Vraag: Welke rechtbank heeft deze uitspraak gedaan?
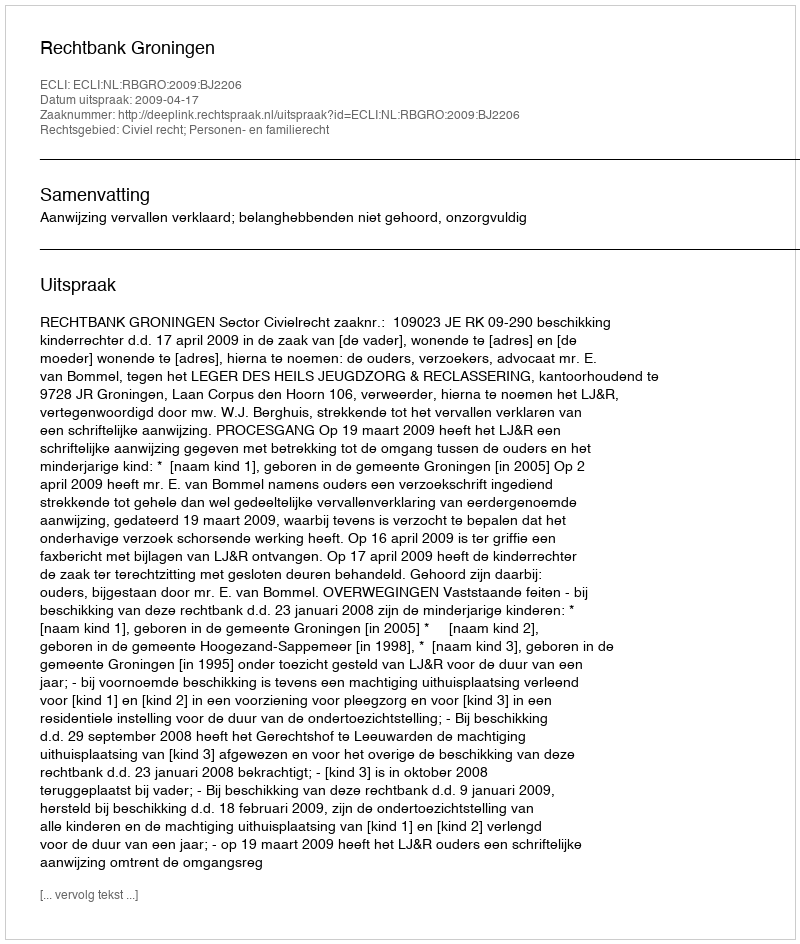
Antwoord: Rechtbank Groningen